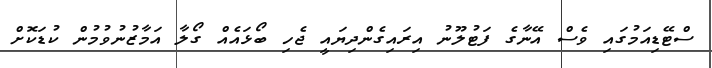
ސްޓޭޑިއަމުގައި ވެސް އޭނާގެ ފަޓުލޫނު އިރައިގެންދިޔައީ ޖެހި ބޯޅައެއް ގޯލާ އަމާޒުނުވުމުން ކުޑަކޮށް